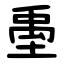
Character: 㙑